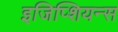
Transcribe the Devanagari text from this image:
इजिप्शियन्स